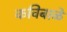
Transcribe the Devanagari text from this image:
कविबाळे